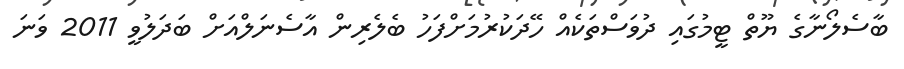
ބާސެލޯނާގެ ޔޫތް ޓީމުގައި ދުވަސްތަކެއް ހޭދަކުރުމަށްފަހު ބެލެރިން އާސެނަލްއަށް ބަދަލުވީ 2011 ވަނަ